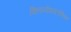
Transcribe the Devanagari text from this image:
क्लिनोपायरोक्सिन